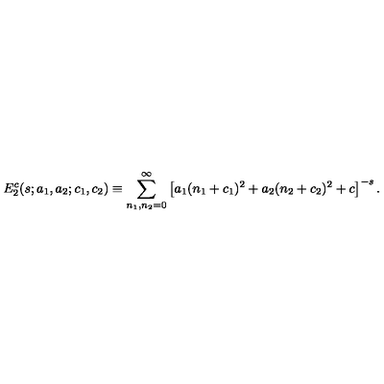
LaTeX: E _ { 2 } ^ { c } ( s ; a _ { 1 } , a _ { 2 } ; c _ { 1 } , c _ { 2 } ) \equiv \sum _ { n _ { 1 } , n _ { 2 } = 0 } ^ { \infty } \left[ a _ { 1 } ( n _ { 1 } + c _ { 1 } ) ^ { 2 } + a _ { 2 } ( n _ { 2 } + c _ { 2 } ) ^ { 2 } + c \right] ^ { - s } .